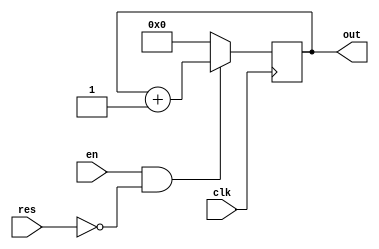
`timescale 1ns / 1ps
//////////////////////////////////////////////////////////////////////////////////
// Module Name:    progCounter 

// Description: Program Counter for Richie Jr
//
// Dependencies: 
//////////////////////////////////////////////////////////////////////////////////

module progCounter(out, clk, res, en);
    output [3:0] out;
    input en, res, clk;
	 
	 reg [3:0] out;
	 
	 always@(posedge clk)
		if (en & !res)
			out <= out + 1;
		else
			out <= 0;

endmodule